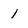
Character: 1